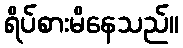
ရိပ်စားမိနေသည်။